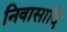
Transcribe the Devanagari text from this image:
निवासादि